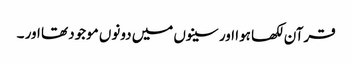
قرآن لکھا ہوا اور سینوں میں دونوں‌ موجود تھا اور ۔